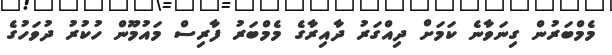
މެމްބަރުން ގިނަވާނެ ކަމަށް ދިއްގަރު ދާއިރާގެ މެމްބަރު ފާރިސް މައުމޫން ހުކުރު ދުވަހުގެ